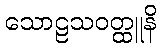
သောဠသဝတ္ထူနိ